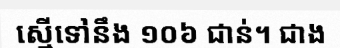
ស្មើទៅនឹង ១០៦ ជាន់។ ជាង